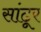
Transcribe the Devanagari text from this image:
सांढूर